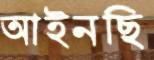
আইনছি